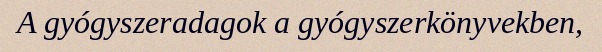
A gyógyszeradagok a gyógyszerkönyvekben,